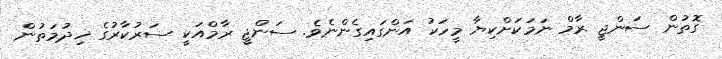
ގޮތުން ސަންޖީ ރާމް ނަމަކަށްކިޔާ މީހަކު އަންގައިގެންނެވެ. ސަންޖީ ރާމްއަކީ ސަރުކާރުގެ ޚިދުމަތުން